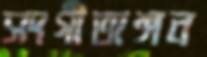
সংগীতাঙ্গন